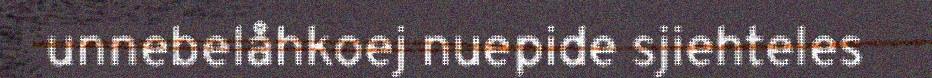
unnebelåhkoej nuepide sjiehteles